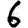
Digit: 6